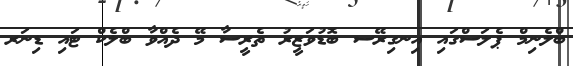
ބްލެނިމް ޕެލަސްގައި އިނގިރޭސ ބޮޑުވަޒީރު ތެރީސާ މޭ ދެއްވާ ބްލެކް ޓައި ޑިނަރ